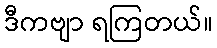
ဒီကဗျာ ရကြတယ်။